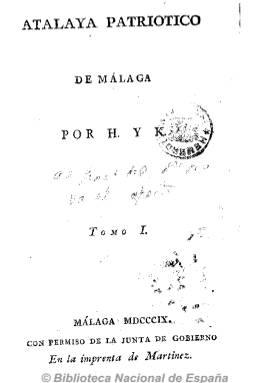
Título: Atalaya patriótico de Málaga
Otros títulos: Atalaya patriótico
Colección: Periódicos anteriores a 1850
Ámbito geográfico: Málaga
Lugar de publicación: Málaga
Fechas: 11/02/1809-01/07/1809

Periódico semanal españolista y antifrancés publicado en Málaga, en la Imprenta de Martínez, que comenzó el 11 de febrero de 1809 y cesó el mismo año. Incluye noticias sobre hechos de la Guerra de la Independencia, mostrando su repulsa hacia los soldados de José I, e incluye además artículos históricos y literarios.